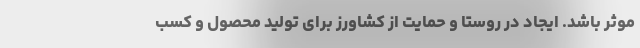
موثر باشد. ایجاد در روستا و حمایت از کشاورز برای تولید محصول و کسب